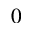
0